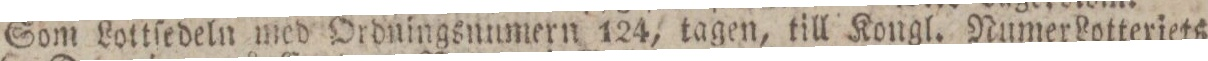
Som Lottſedeln med Ordningsnumern 124, tagen, till Kongl. Numer Lotteriets